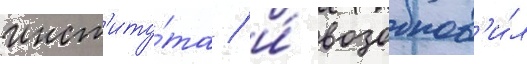
инст'иту́та / и́ возобнов'и́л